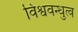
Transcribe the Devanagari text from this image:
विश्ववन्धुत्व